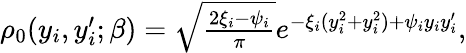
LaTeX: \begin{array}{r}{\rho_{0}(y_{i},y_{i}^{\prime};\beta)=\sqrt{\frac{2\xi_{i}-\psi_{i}}{\pi}}e^{-\xi_{i}(y_{i}^{2}+y_{i}^{2})+\psi_{i}y_{i}y_{i}^{\prime}},}\end{array}